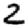
Digit: 2